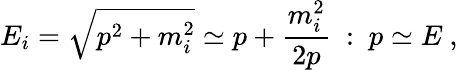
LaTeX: E_{i}=\sqrt{p^{2}+m_{i}^{2}}\simeq p+\frac{m_{i}^{2}}{2p}~:~p\simeq E~,